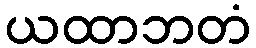
ယထာဘတံ